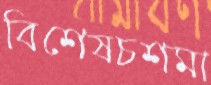
বিশেষচশমা